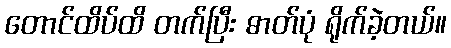
တောင်ထိပ်ထိ တက်ပြီး ဓာတ်ပုံ ရိုက်ခဲ့တယ်။